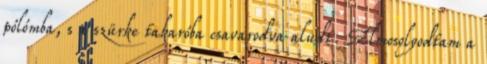
pólómba, s a szürke takaróba csavarodva aludt. Elmosolyodtam a